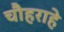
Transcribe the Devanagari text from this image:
चौहराहे